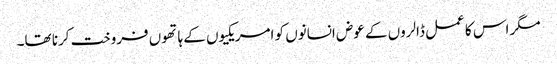
مگر اس کا عمل ڈالروں کے عوض انسانوں کو امریکیوں کے ہاتھوں فروخت کرنا تھا۔